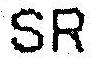
SR